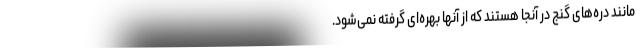
مانند دره‌های گنج در آنجا هستند که از آنها بهره‌ای گرفته نمی‌شود.